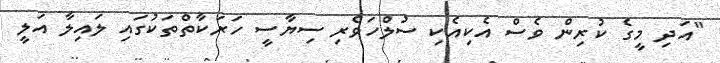
"އަދި މީގެ ކުރިން ވެސް އެކިއެކި ސުލްހަވެރި ސިޔާސީ ހަރަކާތްތަކުގައި ލައިލާ އަލީ